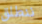
ننطلق